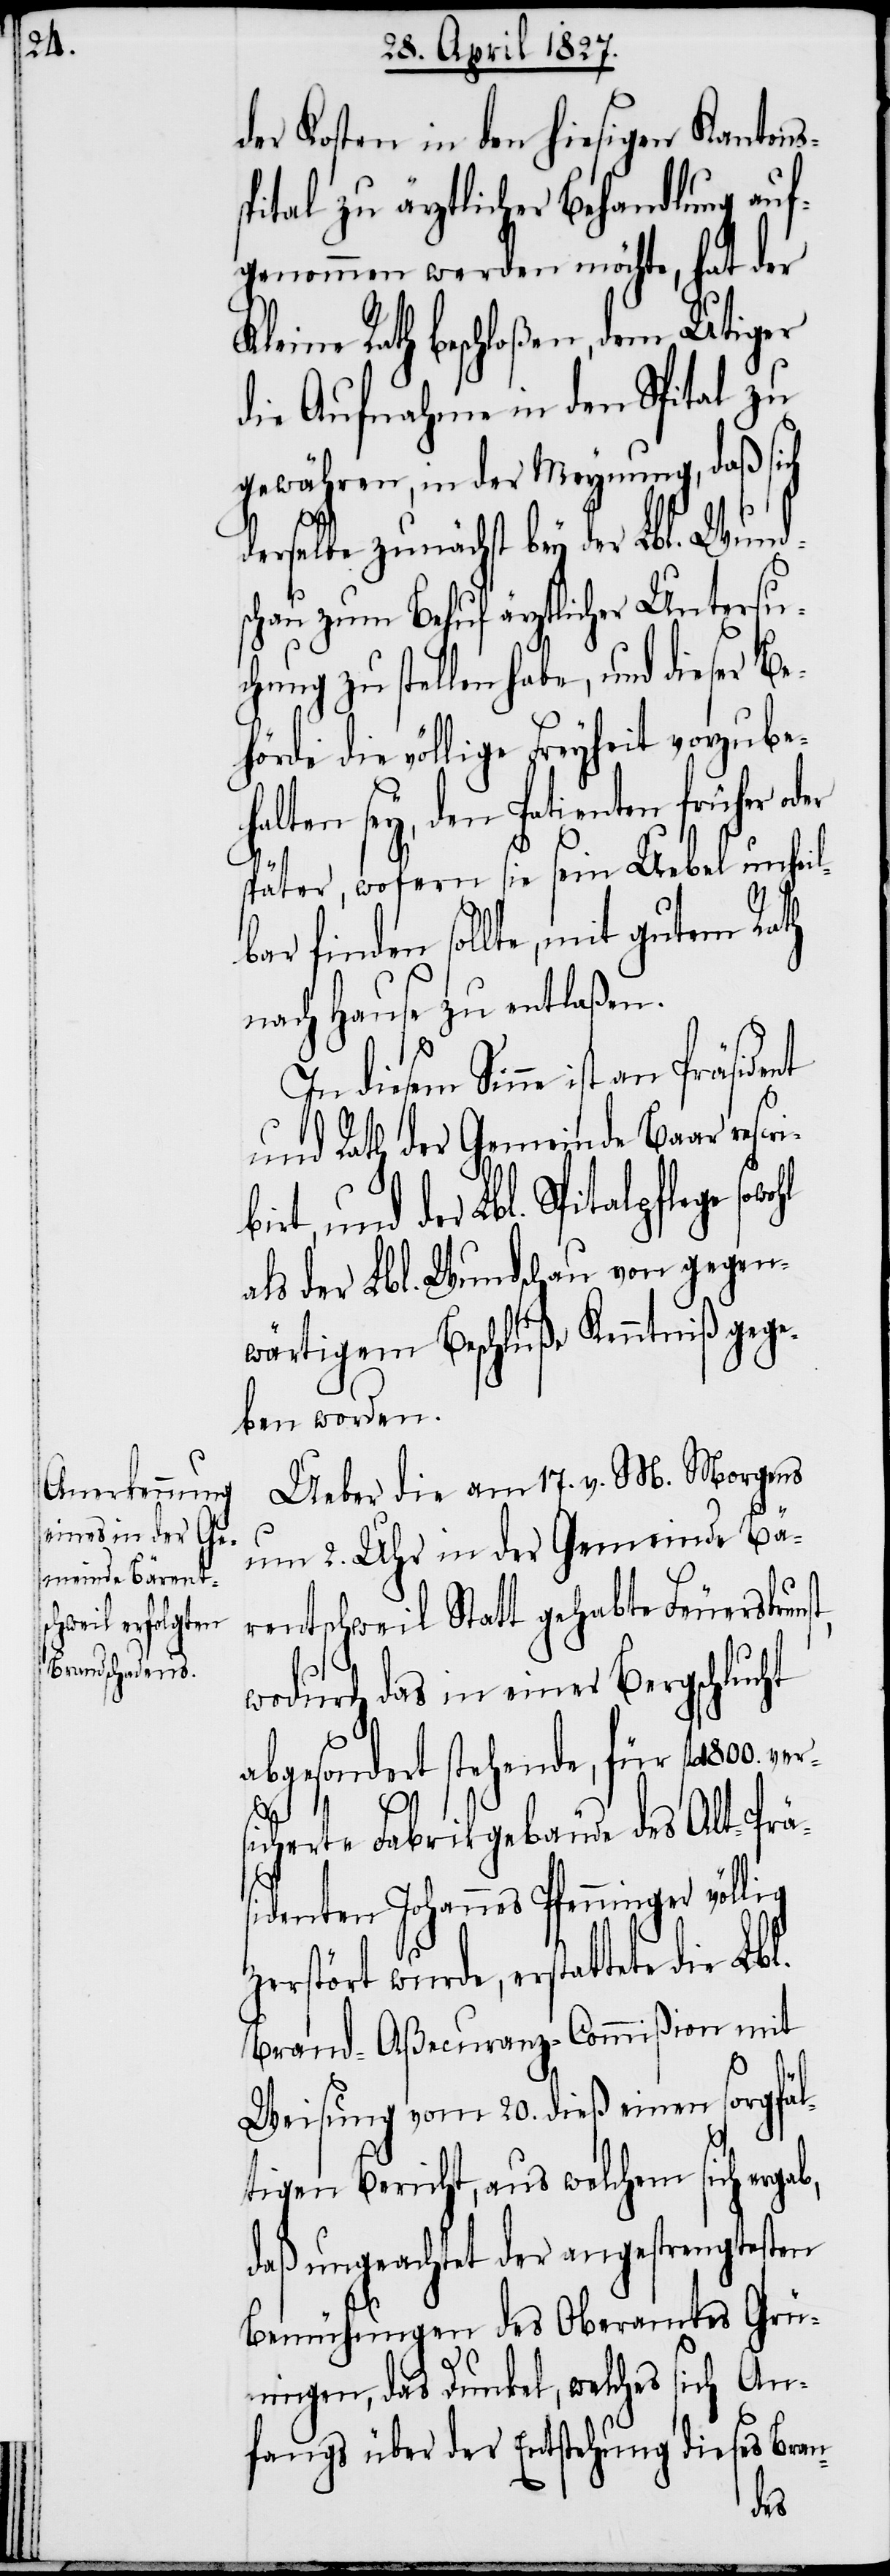
z¬
ibirt,

der Kosten in den hiesigen Kantons¬
spital zu ärztlicher Behandlung auf¬
genommen werden möchte, hat der
leine Rath beschloßen, dem Utiger
die Aufnahme in den Spital zu
gewähren, in der Meynung, daß sich
derselbe zunächst bey der Lbl. Wund¬
schau zum Behuf ärztlicher Untersuc¬
hung zu stellen habe, und dieser
die völlige Freyheit vorzube¬
halten sey, den Patienten früher o¬
später, wofern sie sein Uebel unheil¬
bar finden sollte, mit gutem Rath
nach Hause zu entlaßen.
In diesem Sinne ist an
und Rath der Gemeinde Baar rescr¬
und der Lbl. Spitalpflege so¬
als der Lbl. Wundschau von gegen¬
wärtigem Beschluße Kenntniß gege¬
ben worden.
Ueber die am 17. v. M. Morgens
um 2. Uhr in der Gemeinde Bä¬
rentschweil Statt gehabte Feuerskun¬
wodurch das in einer Bergschluc¬
abgesondert stehende, für fl. 1800.
ab,
sicherte Fabrikgebäude des Alt-Prä¬
sidenten Johannes Pfenninger völlig
erstört wurde, erstattete die
Brand-Aßecuranz-Commißion mit
Weisung vom 20. dieß einen sorgfäl¬
tigen Bericht, aus welchem sich erg¬
daß ungeachtet der angestrengtesten
Bemühungen des Oberamtes Grü¬
ningen, das Dunkel, welches sich An¬
fangs über der Entstehung dieses Bran-
der